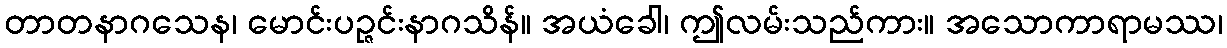
တာတနာဂသေန၊ မောင်းပဉ္ဇင်းနာဂသိန်။ အယံခေါ၊ ဤလမ်းသည်ကား။ အသောကာရာမဿ၊